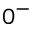
0 ^ { - }